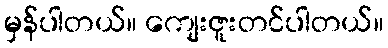
မှန်ပါတယ်။ ကျေးဇူးတင်ပါတယ်။